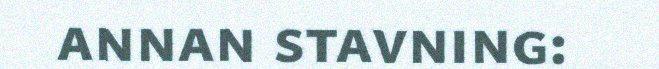
annan stavning: